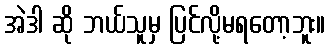
အဲဒါ ဆို ဘယ်သူမှ ပြင်လို့မရတော့ဘူး။